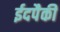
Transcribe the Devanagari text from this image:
ईदपैकी